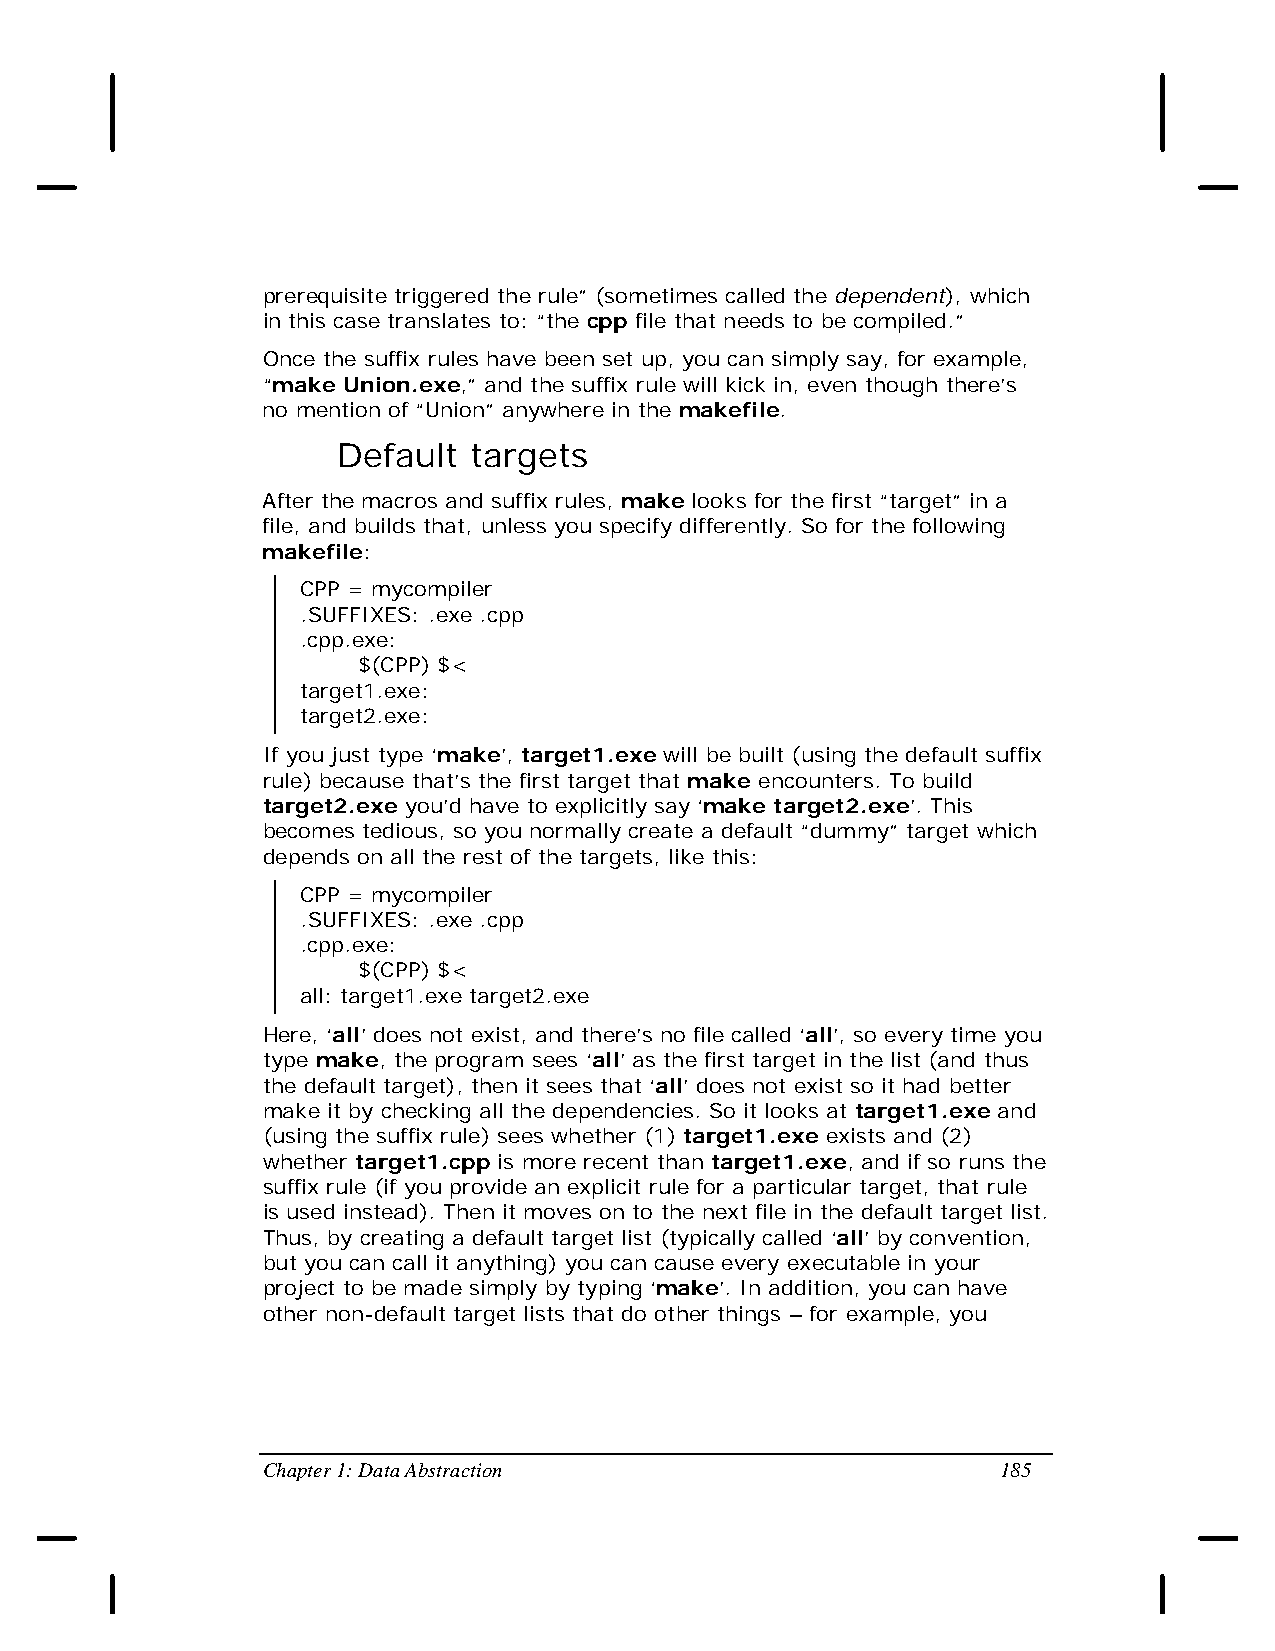
prerequisite triggered the rule” (sometimes called the dependent), which
 in this case translates to: “the cpp file that needs to be compiled.”
 Once the suffix rules have been set up, you can simply say, for example,
 “make Union.exe,” and the suffix rule will kick in, even though there’s
 no mention of “Union” anywhere in the makefile.
 Default  targets
 After the macros and suffix rules, make looks for the first “target” in a
 file, and builds that, unless you specify differently. So for the following
 makefile:
 CPP = mycompiler
 .SUFFIXES: .exe .cpp
 .cpp.exe:
 $(CPP) $<
 target1.exe:
 target2.exe:
 If you just type ‘make’, target1.exe will be built (using the default suffix
 rule) because that’s the first target that make encounters. To build
 target2.exe you’d have to explicitly say ‘make target2.exe’. This
 becomes tedious, so you normally create a default “dummy” target which
 depends on all the rest of the targets, like this:
 CPP = mycompiler
 .SUFFIXES: .exe .cpp
 .cpp.exe:
 $(CPP) $<
 all: target1.exe target2.exe
 Here, ‘all’ does not exist, and there’s no file called ‘all’, so every time you
 type make, the program sees ‘all’ as the first target in the list (and thus
 the default target), then it sees that ‘all’ does not exist so it had better
 make it by checking all the dependencies. So it looks at target1.exe and
 (using the suffix rule) sees whether (1) target1.exe exists and (2)
 whether target1.cpp is more recent than target1.exe, and if so runs the
 suffix rule (if you provide an explicit rule for a particular target, that rule
 is used instead). Then it moves on to the next file in the default target list.
 Thus, by creating a default target list (typically called ‘all’ by convention,
 but you can call it anything) you can cause every executable in your
 project to be made simply by typing ‘make’. In addition, you can have
 other non-default target lists that do other things – for example, you
 Chapter 1: Data Abstraction                      185